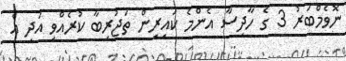
ނޮވެމްބަރު 3 ގެ ހާދިސާ އެންމެ ކައިރިން ތަޖުރިބާ ކުރެއްވި އަދި އެ